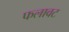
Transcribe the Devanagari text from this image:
फलावट